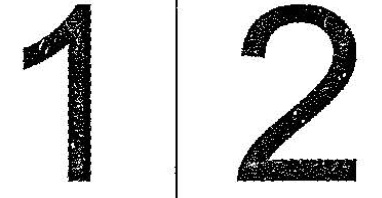
1 2